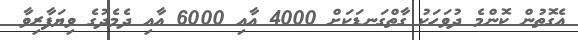
އެގޮތުން ކޮންމެ ދުވަހަކު ގާތްގަނޑަކަށް 4000 އާއި 6000 އާއި ދެމެދުގެ ވިޔަފާރިވާ